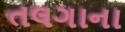
તલગાના